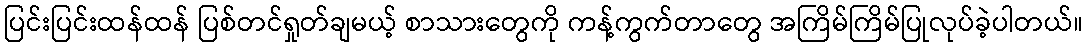
ပြင်းပြင်းထန်ထန် ပြစ်တင်ရှုတ်ချမယ့် စာသားတွေကို ကန့်ကွက်တာတွေ အကြိမ်ကြိမ်ပြုလုပ်ခဲ့ပါတယ်။